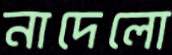
নাদেলো